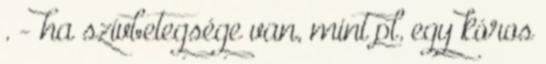
. - ha szívbetegsége van, mint pl. egy kóros